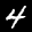
Label: 4